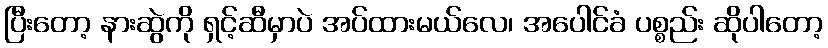
ပြီးတော့ နားဆွဲကို ရှင့်ဆီမှာပဲ အပ်ထားမယ်လေ၊ အပေါင်ခံ ပစ္စည်း ဆိုပါတော့